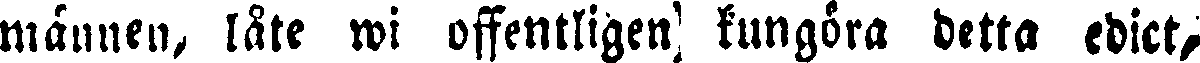
männen, låte wi offentligen kungöra detta edict,